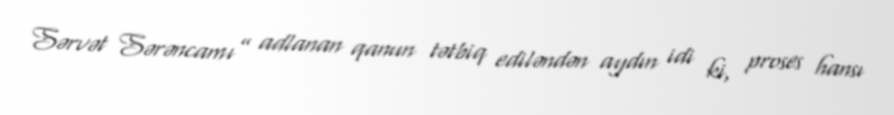
Sərvət Sərəncamı” adlanan qanun tətbiq ediləndən aydın idi ki, proses hansı